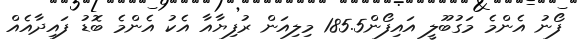
ފޯނު އެންމެ މަގުބޫލީ އައިފޯން185.5 މިލިއަން ރުފިޔާއާ އެކު އެންމެ ބޮޑު ފައިދާއެއް